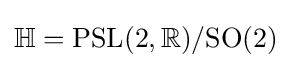
\mathbb {H} ={\rm {PSL}}(2,\mathbb {R} )/{\rm {SO}}(2)